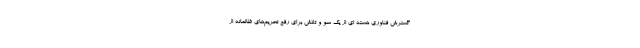
گسترش فناوری هسته ای از یک سو و تلاش برای رفع تحریم‌های ظالمانه از